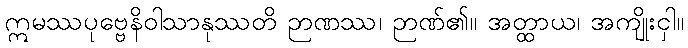
ဣမဿပုဗ္ဗေနိဝါသာနုဿတိ ဉာဏဿ၊ ဉာဏ်၏။ အတ္ထာယ၊ အကျိုးငှါ။